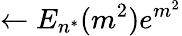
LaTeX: \leftarrow E_{n^{*}}(m^{2})e^{m^{2}}